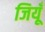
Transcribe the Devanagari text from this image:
जियूँ